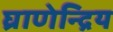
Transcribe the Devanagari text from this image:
घ्राणेन्द्रिय